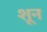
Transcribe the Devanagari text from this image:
शून